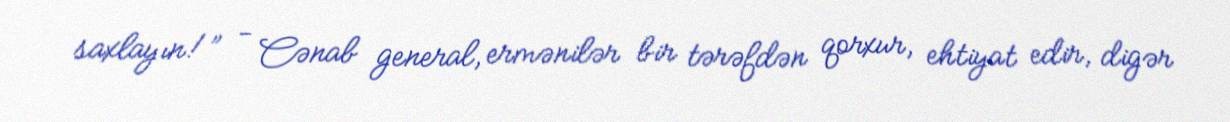
saxlayın!” - Cənab general, ermənilər bir tərəfdən qorxur, ehtiyat edir, digər